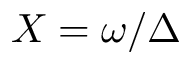
X = \omega / \Delta